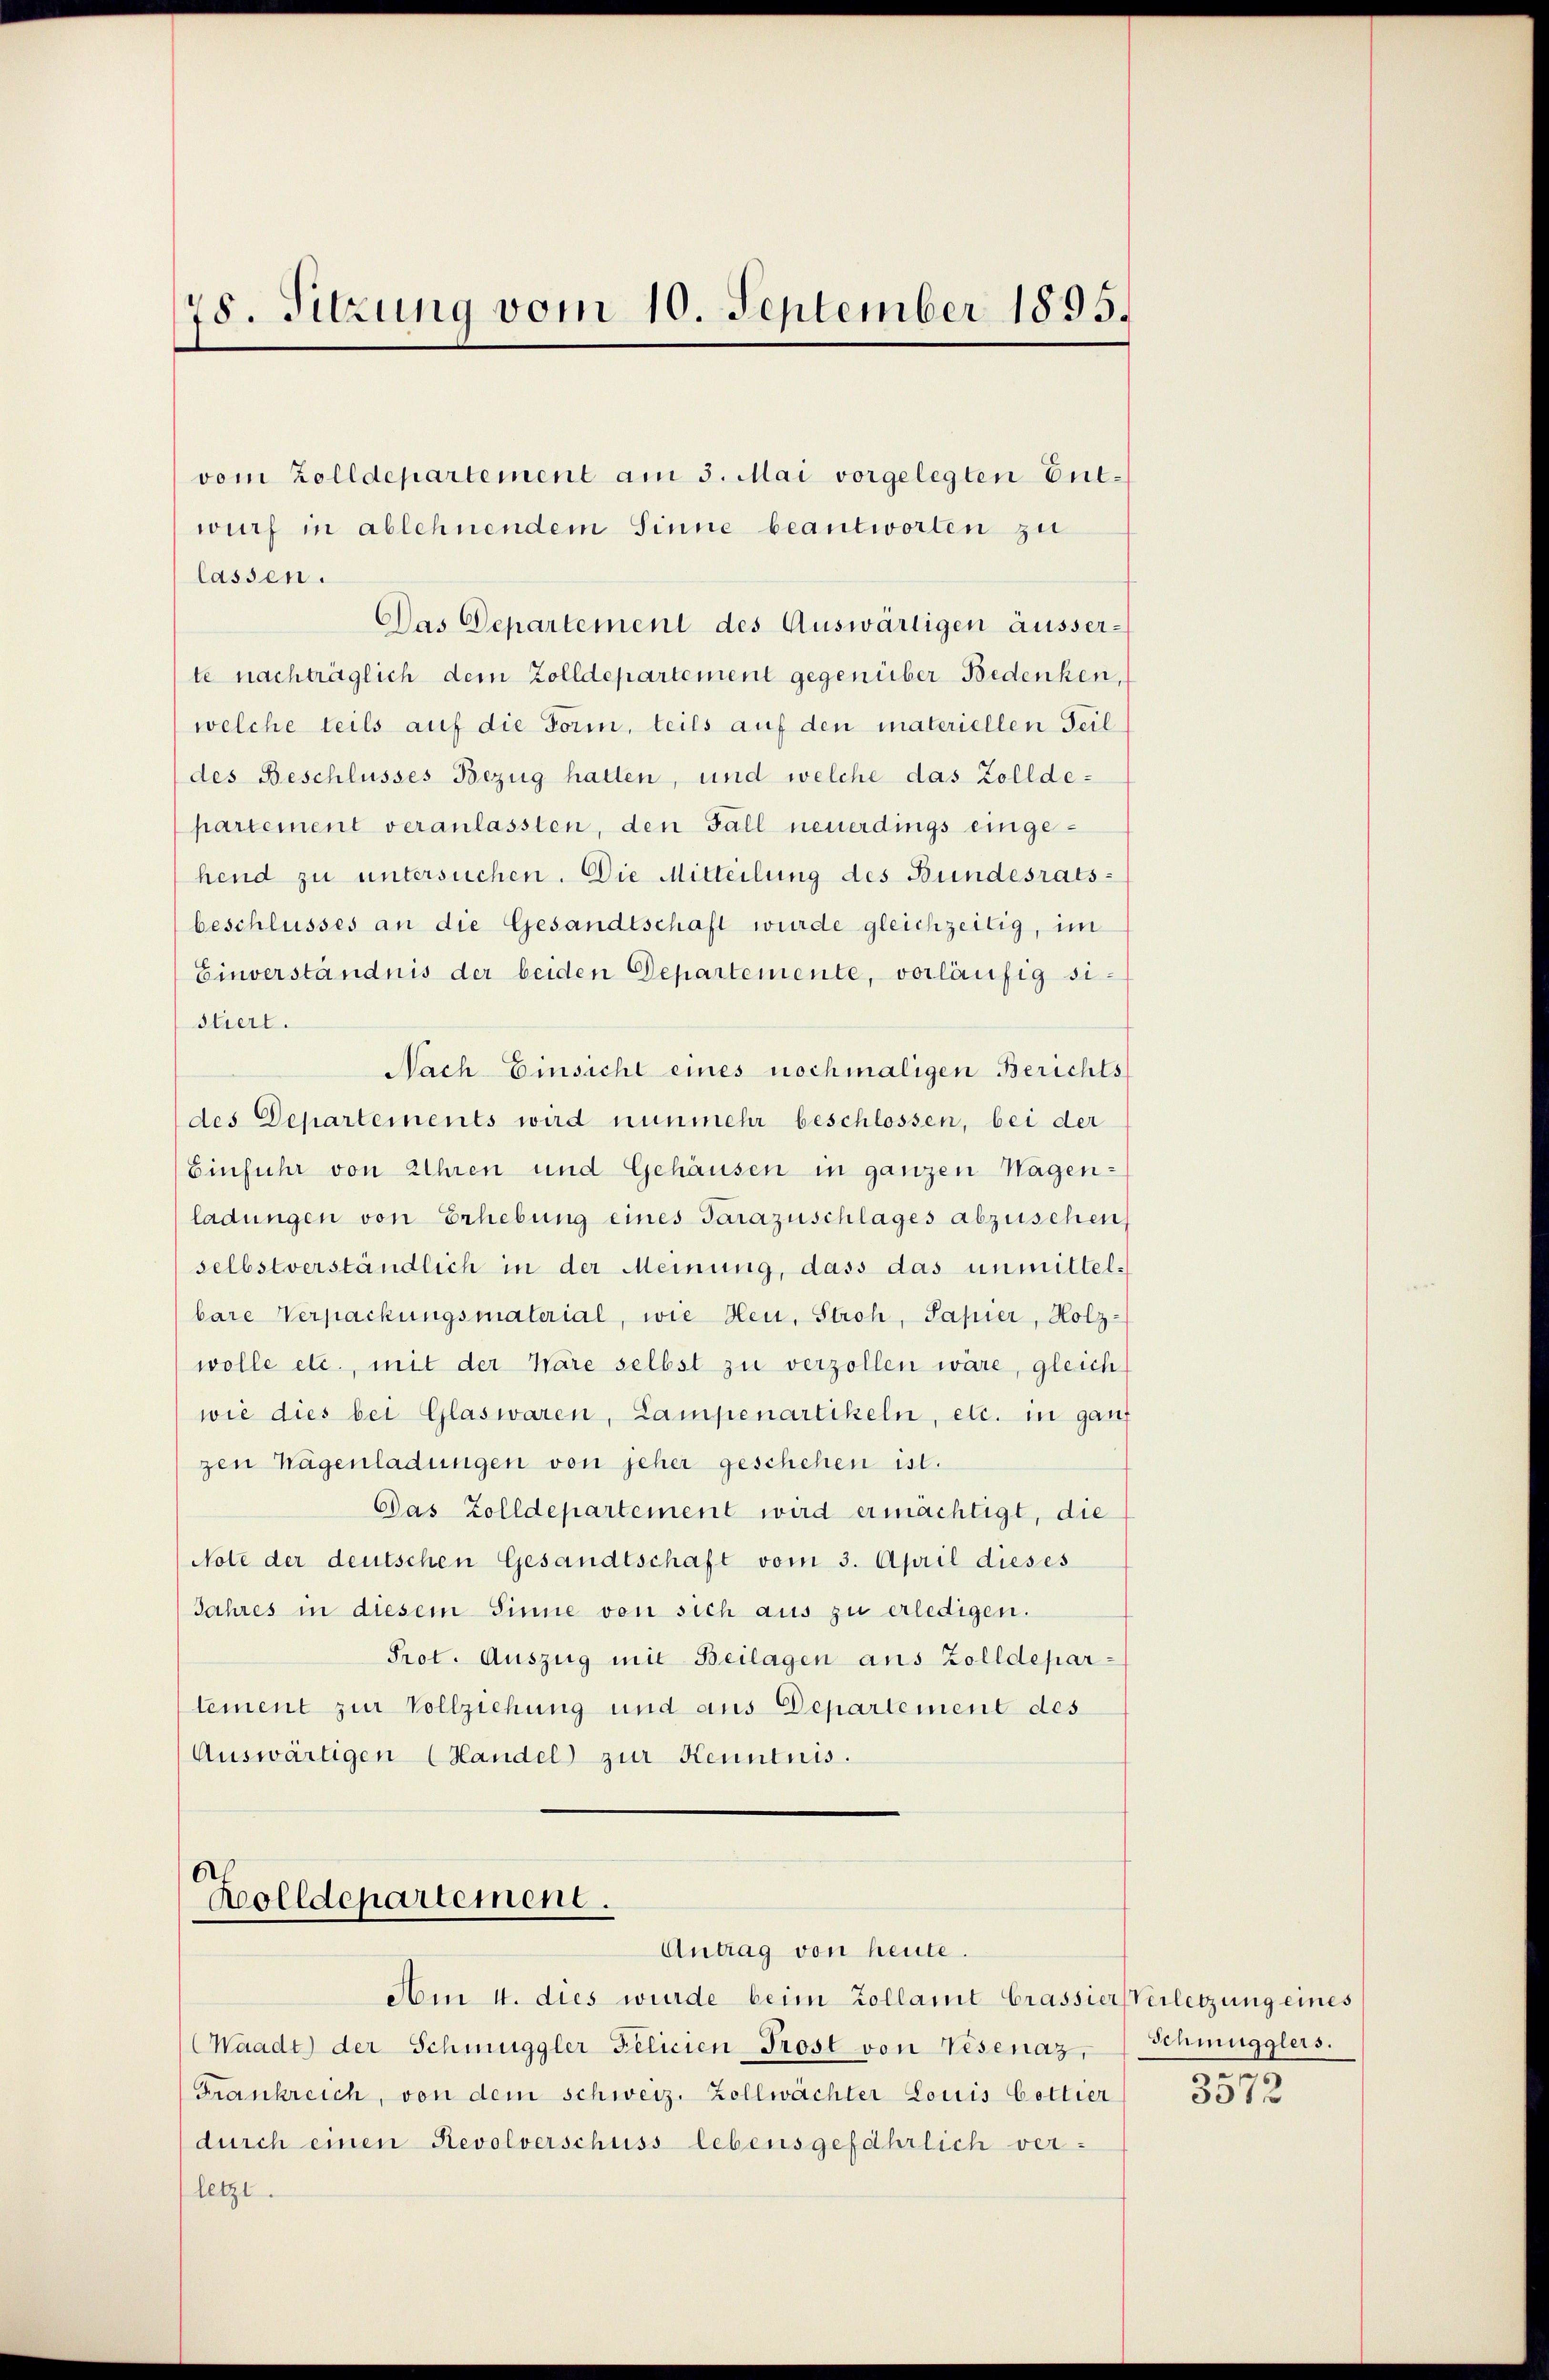
78. Sitzung vom 10. September 1895.

vom Zolldepartement am 3. Mai vorgelegten Ent-
wurf in ablehnendem Sinne beantworten zu
lassen.
Das Departement des Auswärtigen äusser-
te nachträglich dem Zolldepartement gegenüber Bedenken,
welche teils auf die Form, teils auf den materiellen Teil
des Beschlusses Bezug halten, und welche das Zollde-
partement veranlassten, den Fall neuerdings eingehend zu untersuchen. Die Mitteilung des Bundesrats-
beschlusses an die Gesandtschaft wurde gleichzeitig, im
Einverständnis der beiden Departemente, vorläufig sistiert.
Nach Einsicht eines nochmaligen Berichts
des Departements wird nunmehr beschlossen, bei der
Einfuhr von Uhren und Gehäusen in ganzen Wagen-
ladungen von Erhebung eines Tarazuschlages abzusehen
selbstverständlich in der Meinung, dass das unmittel-
bare Verpackungsmaterial, wie Heu, Stroh, Papier, Holz-
wolle etc., mit der Wäre selbst zu verzollen wäre, gleich
wie dies bei Glaswaren, Lampenartikeln, etc. in ganz
zen Wagenladungen von jeher geschehen ist.
Das Zolldepartement wird ermächtigt, die
Note der deutschen Gesandtschaft vom 3. April dieses
Jahres in diesem Sinne von sich aus zu erledigen.
Prot. Auszug mit Beilagen aus Zolldepartement zur Vollziehung und aus Departement des
Auswärtigen (Handel zur Kenntnis.

Holldepartement.
Antrag von heute.

Am 4. dies wurde beim Zollamt Grassiers Verletzung eines
Waadt) der Schmuggler Felicien-Prost von Visenaz, Schmugglers.
Frankreich, von dem schweiz. Zollwächter Louis bottier
durch einen Revolverschuss lebensgefährlich ver-
letzt.

3572